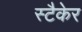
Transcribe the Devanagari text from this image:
स्टैकेर